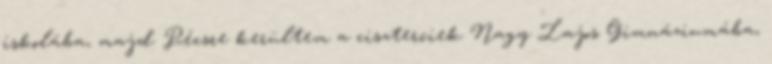
iskolába, majd Pécsre kerültem a ciszterciek Nagy Lajos Gimnáziumába,